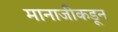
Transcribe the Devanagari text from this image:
मानाजीकडून